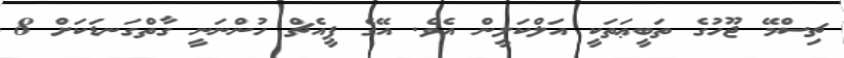
ޗިސްމޭ ޖޫހުގެ ތަބީޢަތަކީ އަލްކަލީން އެވެ. އޭގެ ޕީއެޗް ހުންނަނީ ގާތްގަނޑަކަށް 8